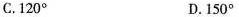
C.120° D.150°